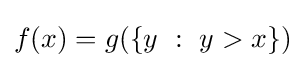
f(x)=g(\{y\ :\ y>x\})